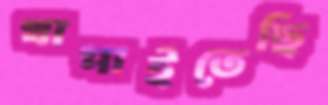
খাপাইতেছি